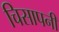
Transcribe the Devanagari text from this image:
चिसापनी